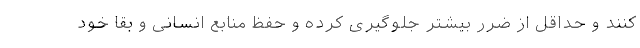
کنند و حداقل از ضرر بیشتر جلوگیری کرده و حفظ منابع انسانی و بقا خود